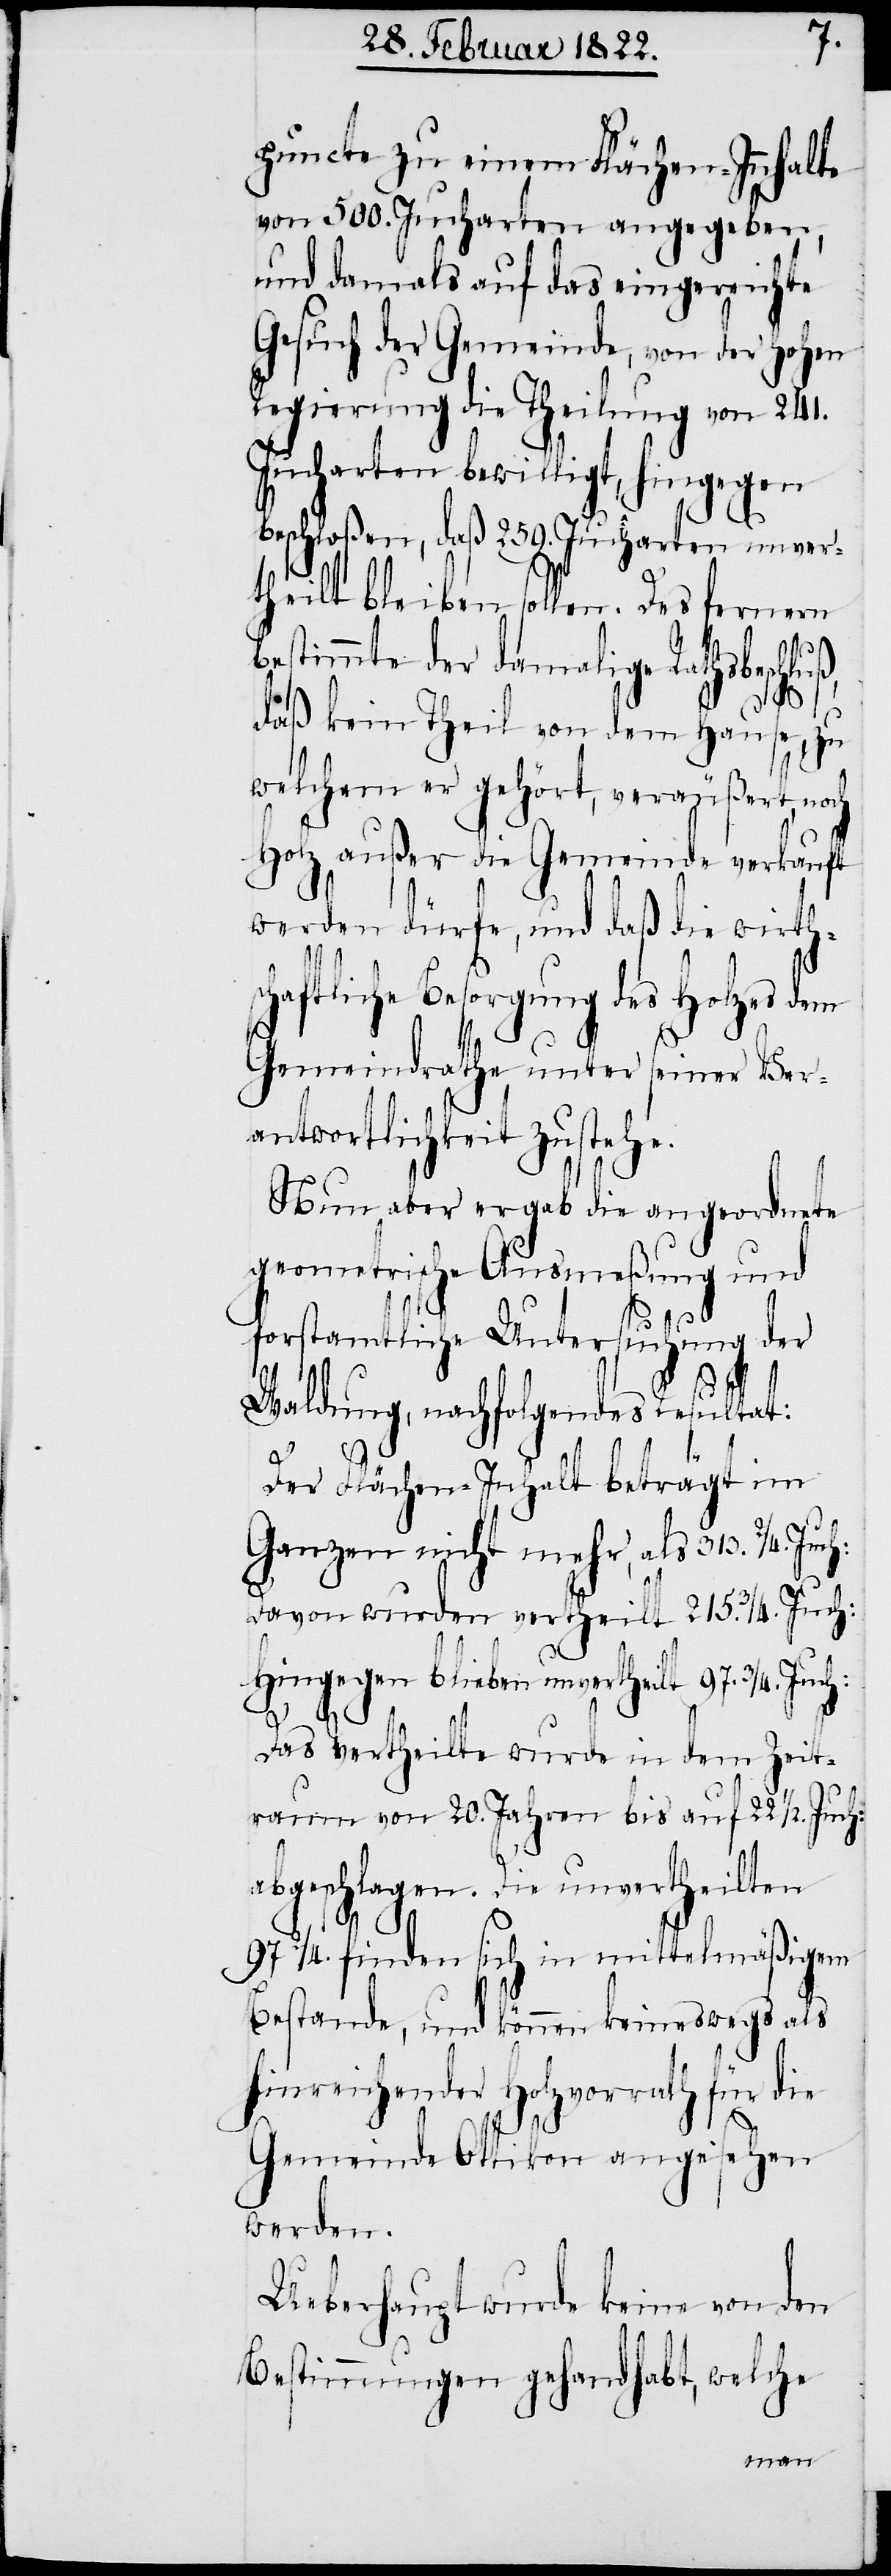
puncte zu einem Flächen-Innhalte
von 500. Jucharten angegeben,
und damals auf das eingereichte
Gesuch der Gemeinde, von der hohen
Regierung die Theilung von 241.
Jucharten bewilligt, hingegen
beschloßen, daß 259. Jucharten unver¬
theilt bleiben sollen. Des fernern
bestimmte der damalige Rathsbeschluß,
daß kein Theil von dem Hause, zu
welchem er gehört, veräußert, noch
Holz außer die Gemeinde verkauft
werden dürfe, und daß die wirth¬
schaftliche Besorgung des Holzes dem
Gemeindrathe unter seiner Ver¬
antwortlichkeit zustehe.
Nun aber ergab die angeordnete
geometrische Ausmeßung und
forstamtliche Untersuchung der
Waldung, nachfolgendes Resultat:
Der Flächen-Inhalt beträgt im
Ganzen nicht mehr, als 313.2/4.
Davon wurden vertheilt 215.3/4. Juch:
Hingegen bleiben unvertheilt 97.3/4. Juch:
Das Vertheilte wurde in dem Zeit¬
raum von 20. Jahren bis auf 22.1/2. Juch:
abgeschlagen. Die unvertheilten
97.2/4. finden sich in mittelmäßigem
Bestande, und können keineswegs als
hinreichender Holzvorrath für die
Gemeinde Ottikon angesehen
werden.
Ueberhaupt wurde keine von den
Bestimmungen gehandhabt, welche